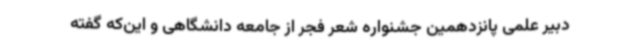
دبیر علمی پانزدهمین جشنواره شعر فجر از جامعه دانشگاهی و این‌که گفته